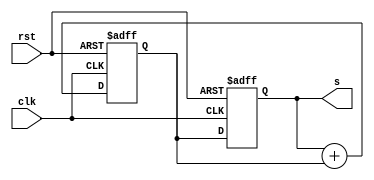
module fibonacci(clk, rst, s);

	input clk, rst;
	output [15:0] s;

	reg [15:0] reg_0;
	reg [15:0] reg_1;

	always @(posedge rst or posedge clk)
	begin
		if (rst == 1)
		begin
			reg_0 <= 16'b0000000000000000;
			reg_1 <= 16'b0000000000000001;
		end
		else
		begin
			reg_0 <= reg_1;
			reg_1 <= reg_0 + reg_1; 
		end
	end

	assign s = reg_0;

endmodule